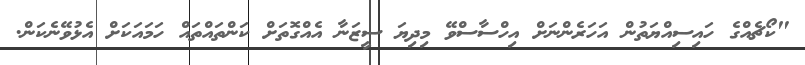
"ކޯޗެއްގެ ހައިސިއްޔަތުން އަހަރެންނަށް އިހްސާސްވޭ މިދިޔަ ސީޒަނާ އެއްގޮތަށް ކަންތައްތައް ހަމައަކަށް އެޅުވޭނެކަން.